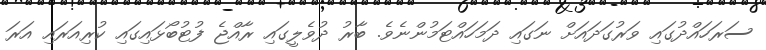
ސަރަހައްދުގައި ވަރުގަދައަށް ނަގައި ދަމަހައްޓަމުންނެވެ. ބާރު ދުވެލީގައި ރާއްޖެ ފުޓުބޯޅައިގައި ކުރިއަރައި އަރަ